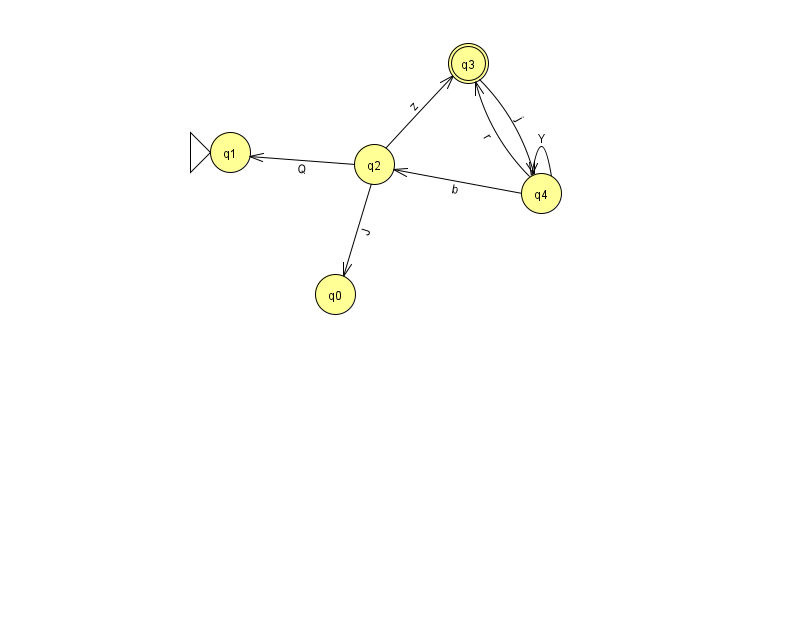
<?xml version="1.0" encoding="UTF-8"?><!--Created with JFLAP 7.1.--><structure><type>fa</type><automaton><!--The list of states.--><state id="0" name="q0"><x>335.0</x><y>281.0</y></state><state id="1" name="q1"><x>230.0</x><y>139.0</y><initial/></state><state id="2" name="q2"><x>374.0</x><y>151.0</y></state><state id="3" name="q3"><x>468.0</x><y>50.0</y><final/></state><state id="4" name="q4"><x>541.0</x><y>180.0</y></state><!--The list of transitions.--><transition><from>4</from><to>2</to><read>b</read></transition><transition><from>2</from><to>0</to><read>J</read></transition><transition><from>2</from><to>1</to><read>Q</read></transition><transition><from>2</from><to>3</to><read>z</read></transition><transition><from>3</from><to>4</to><read>j</read></transition><transition><from>4</from><to>4</to><read>Y</read></transition><transition><from>4</from><to>3</to><read>r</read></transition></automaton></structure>